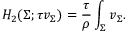
H _ { 2 } ( \Sigma ; \tau v _ { \Sigma } ) = \frac { \tau } { \rho } \int _ { \Sigma } v _ { \Sigma } .